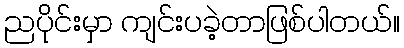
ညပိုင်းမှာ ကျင်းပခဲ့တာဖြစ်ပါတယ်။